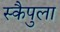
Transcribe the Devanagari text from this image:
स्कैपुला